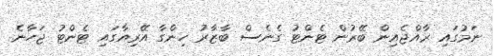
ނަމުގައި ރާއްޖެއިން ބޭރުން ޓެންޓު ގެނެސް ބާޒާރު ހިންގާ އޭރިއާގައި ޓެންޓު ޖަހާނެ